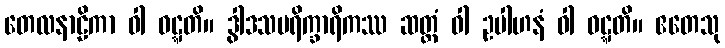
တေလနာဠိကာ ဝါ ဝဋ္ဋတိ။ ဒွါဒသပရိက္ခာရိကဿ ဆတ္တံ ဝါ ဥပါဟနံ ဝါ ဝဋ္ဋတိ။ ဧတေသု